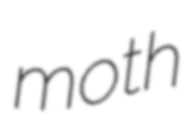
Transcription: moth